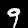
Digit: 9